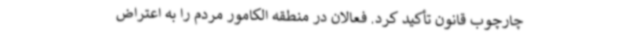
چارچوب قانون تأکید کرد. فعالان در منطقه الکامور مردم را به اعتراض